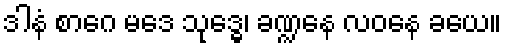
ဒါနံ စာဂေ မဒေ သုဒ္ဓေ၊ ခဏ္ဍနေ လဝနေ ခယေ။